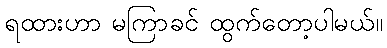
ရထားဟာ မကြာခင် ထွက်တော့ပါမယ်။